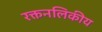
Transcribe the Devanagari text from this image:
रक्तनलिकीय